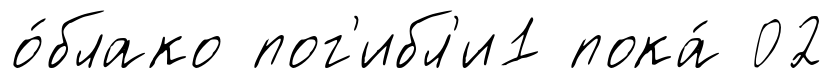
о́блако пог'ибл'и1 пока́ 02